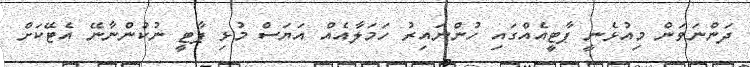
ދަންނަވަން މިއުޅެނީ ޕާޓީއެއްގައި ހުންނައިރު ހަމަލާއެއް އަޔަސް މުޅި ޕާޓީ ނުކުންނާނޭ އެޓޭކަށް